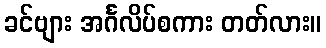
ခင်ဗျား အင်္ဂလိပ်စကား တတ်လား။